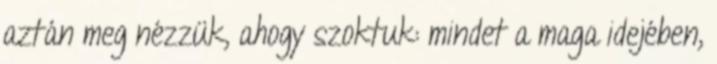
aztán meg nézzük, ahogy szoktuk: mindet a maga idejében,